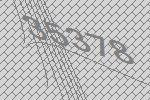
35378